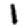
Digit: 1